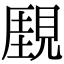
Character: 𧡋